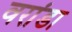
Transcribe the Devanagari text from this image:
वरांडा